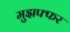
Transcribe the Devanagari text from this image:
मुझफ्फर